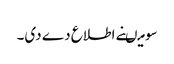
سو میںنے اطلاع دے دی۔